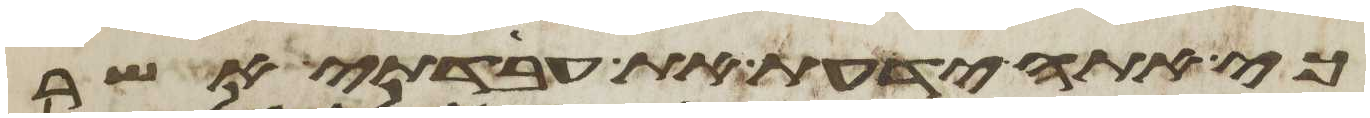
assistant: כי אתה ידעת את עבדתי אשר